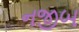
નજીબ